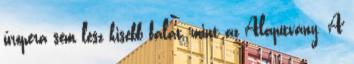
űropera sem lesz kisebb falat, mint az Alapítvány. A